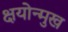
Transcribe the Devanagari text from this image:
क्षयोन्मुख